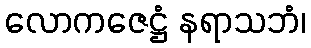
လောကဇေဋ္ဌံ နရာသဘံ၊